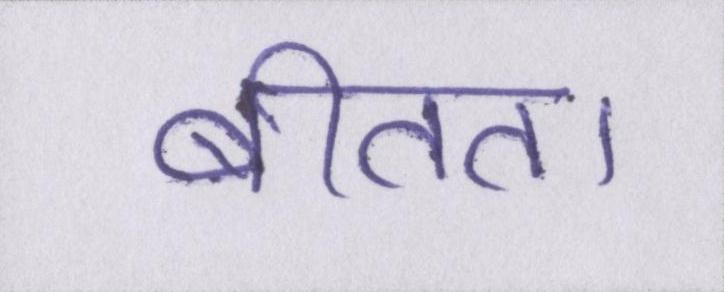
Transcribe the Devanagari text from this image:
बीतता